Report of the Imperial Institute of Veterinary Research, Muktesar
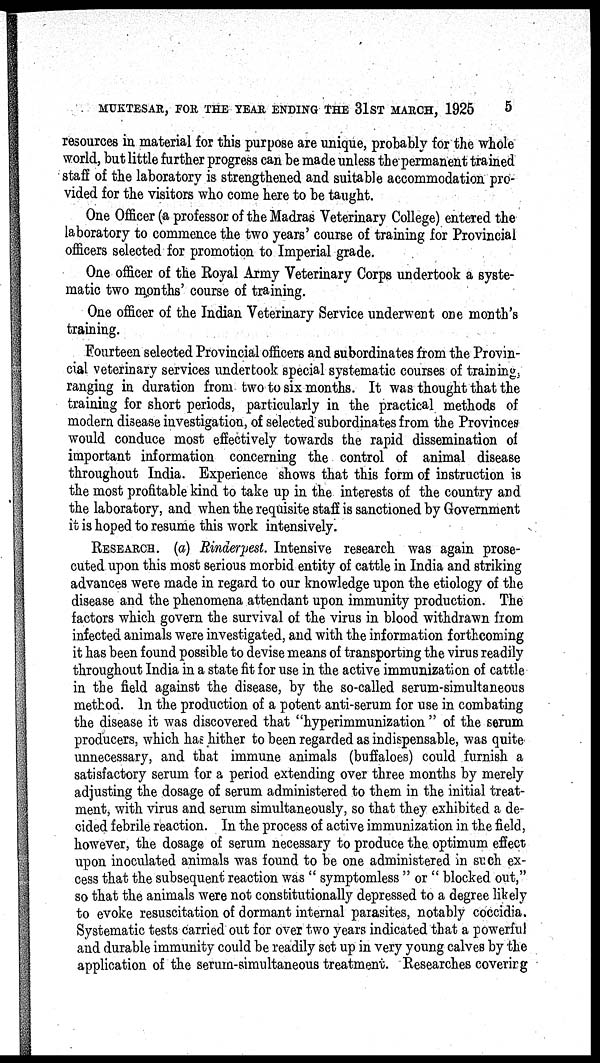
MUKTESAR, FOR THE YEAR ENDING THE 31ST MARCH, 1925
5
resources in material for this purpose are unique, probably for the whole
world, but little further progress can be made unless the permanent trained
staff of the laboratory is strengthened and suitable accommodation pro-
vided for the visitors who come here to be taught.
One Officer (a professor of the Madras Veterinary College) entered the
laboratory to commence the two years' course of training for Provincial
officers selected for promotion to Imperial grade.
One officer of the Royal Army Veterinary Corps undertook a syste-
matic two months' course of training.
One officer of the Indian Veterinary Service underwent one month's
training.
Fourteen selected Provincial officers and subordinates from the Provin-
cial veterinary services undertook special systematic courses of training,
ranging in duration from two to six months. It was thought that the
training for short periods, particularly in the practical methods of
modern disease investigation, of selected subordinates from the Provinces
would conduce most effectively towards the rapid dissemination of
important information concerning the control of animal disease
throughout India. Experience shows that this form of instruction is
the most profitable kind to take up in the interests of the country and
the laboratory, and when the requisite staff is sanctioned by Government
it is hoped to resume this work intensively.
RESEARCH. (a) Rinderpest. Intensive research was again prose-
cuted upon this most serious morbid entity of cattle in India and striking
advances were made in regard to our knowledge upon the etiology of the
disease and the phenomena attendant upon immunity production. The
factors which govern the survival of the virus in blood withdrawn from
infected animals were investigated, and with the information forthcoming
it has been found possible to devise means of transporting the virus readily
throughout India in a state fit for use in the active immunization of cattle
in the field against the disease, by the so-called serum-simultaneous
method. In the production of a potent anti-serum for use in combating
the disease it was discovered that "hyperimmunization " of the serum
producers, which has hither to been regarded as indispensable, was quite
unnecessary, and that immune animals (buffaloes) could furnish a
satisfactory serum for a period extending over three months by merely
adjusting the dosage of serum administered to them in the initial treat-
ment, with virus and serum simultaneously, so that they exhibited a de-
cided febrile reaction. In the process of active immunization in the field,
however, the dosage of serum necessary to produce the optimum effect
upon inoculated animals was found to be one administered in such ex-
cess that the subsequent reaction was " symptomless " or " blocked out,"
so that the animals were not constitutionally depressed to a degree likely
to evoke resuscitation of dormant internal parasites, notably coccidia.
Systematic tests carried out for over two years indicated that a powerful
and durable immunity could be readily set up in very young calves by the
application of the serum-simultaneous treatment. Researches covering